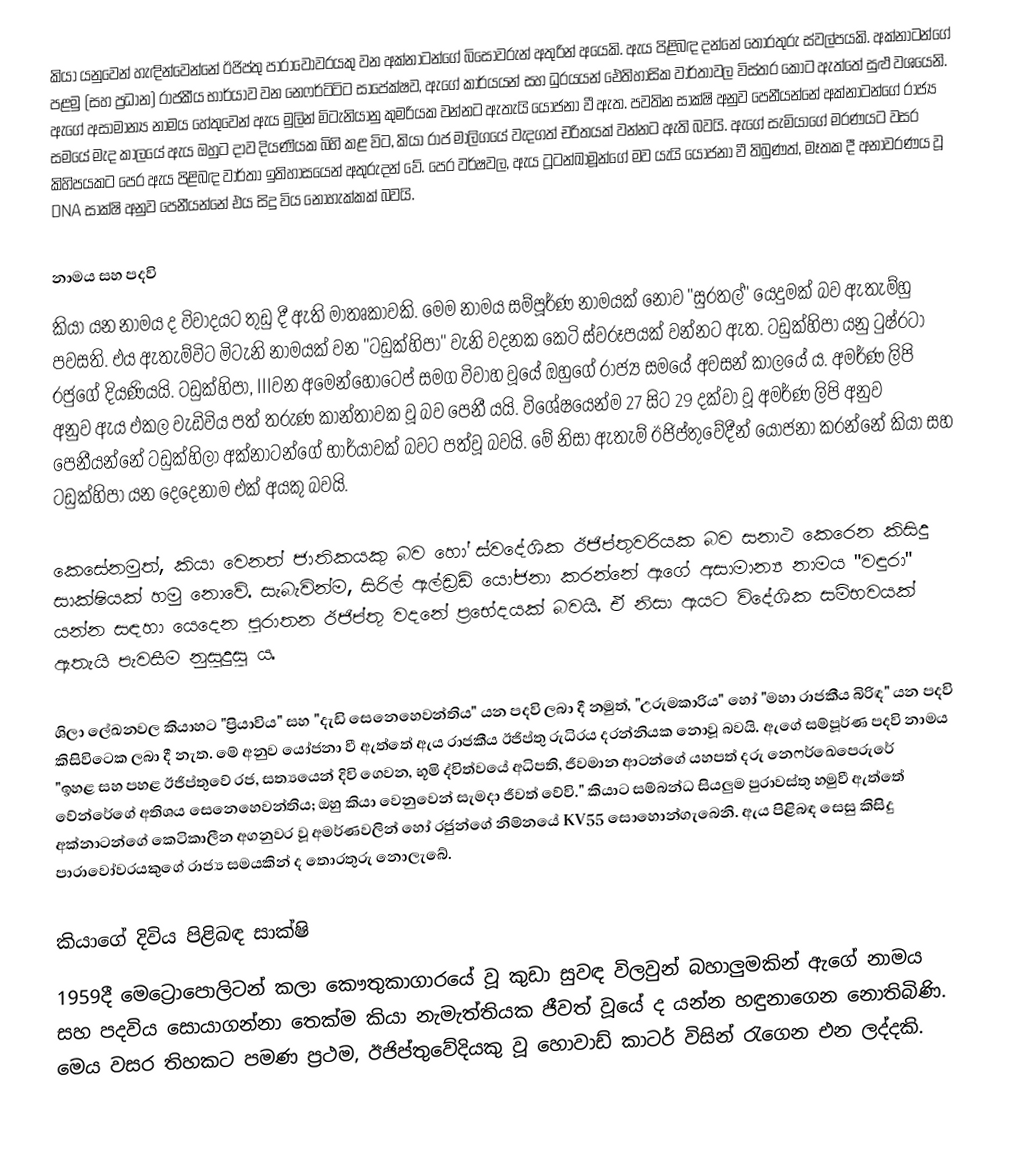
කියා යනුවෙන් හැඳින්වෙන්නේ ඊජිප්තු පාරාවෝවරයකු වන අක්නාටන්ගේ බිසෝවරුන් අතුරින් අයෙකි. ඇය පිළිබඳ දන්නේ තොරතුරු ස්වල්පයකි. අක්නාටන්ගේ පළමු (සහ ප්‍රධාන) රාජකීය භාර්යාව වන නෙෆර්ටිටිට සාපේක්ෂව, ඇගේ කාර්යයන් සහ ධුරයයන් ඓතිහාසික වාර්තාවල විස්තර කොට ඇත්තේ සුළු වශයෙනි. ඇගේ අසාමාන්‍ය නාමය හේතුවෙන් ඇය මුලින් මිටැනියානු කුමරියක වන්නට ඇතැයි යෝජනා වී ඇත. පවතින සාක්ෂි අනුව පෙනීයන්නේ අක්නාටන්ගේ රාජ්‍ය සමයේ මැද කාලයේ ඇය ඔහුට දාව දියණියක බිහි කළ විට, කියා රාජ මාලිගයේ වැදගත් චරිතයක් වන්නට ඇති බවයි. ඇගේ සැමියාගේ මරණයට වසර කිහිපයකට පෙර ඇය පිළිබඳ වාර්තා ඉතිහාසයෙන් අතුරුදන් වේ. පෙර වර්ෂවල, ඇය ටූටන්ඛාමූන්ගේ මව යැයි යෝජනා වී තිබුණත්, මෑතක දී අනාවරණය වූ DNA සාක්ෂි අනුව පෙනීයන්නේ එය සිදු විය නොහැක්කක් බවයි.

නාමය සහ පදවි
කියා යන නාමය ද විවාදයට තුඩු දී ඇති මාතෘකාවකි. මෙම නාමය සම්පූර්ණ නාමයක් නොව "සුරතල්" යෙදුමක් බව ඇතැම්හු පවසති. එය ඇතැම්විට මිටැනි නාමයක් වන "ටඩුක්හිපා" වැනි වදනක කෙටි ස්වරූපයක් වන්නට ඇත. ටඩුක්හිපා යනු ටුෂ්රටා රජුගේ දියණියයි. ටඩුක්හිපා, IIIවන අමෙන්හොටෙප් සමග විවාහ වූයේ ඔහුගේ රාජ්‍ය සමයේ අවසන් කාලයේ ය. අමර්ණ ලිපි අනුව ඇය එකල වැඩිවිය පත් තරුණ කාන්තාවක වූ බව පෙනී යයි. විශේෂයෙන්ම 27 සිට 29 දක්වා වූ අමර්ණ ලිපි අනුව පෙනීයන්නේ ටඩුක්හිලා අක්නාටන්ගේ භාර්යාවක් බවට පත්වූ බවයි. මේ නිසා ඇතැම් ඊජිප්තුවේදීන් යෝජනා කරන්නේ කියා සහ ටඩුක්හිපා යන දෙදෙනාම එක් අයකු බවයි.

කෙසේනමුත්, කියා වෙනත් ජාතිකයකු බව හෝ ස්වදේශික ඊජිප්තුවරියක බව සනාථ කෙරෙන කිසිදු සාක්ෂියක් හමු නොවේ. සැබැවින්ම, සිරිල් ඇල්ඩ්‍රඩ් යෝජනා කරන්නේ ඇගේ අසාමාන්‍ය නාමය  "වඳුරා" යන්න සඳහා යෙදෙන පුරාතන ඊජිප්තු වදනේ ප්‍රභේදයක් බවයි. ඒ නිසා ඇයට විදේශික සම්භවයක් ඇතැයි පැවසීම නුසුදුසු ය.

ශිලා ලේඛනවල කියාහට "ප්‍රියාවිය" සහ "දැඩි සෙනෙහෙවන්තිය" යන පදවි ලබා දී නමුත්, "උරුමකාරිය" හෝ "මහා රාජකීය බිරිඳ" යන පදවි කිසිවිටෙක ලබා දී නැත. මේ අනුව යෝජනා වී ඇත්තේ ඇය රාජකීය ඊජිප්තු රුධිරය දරන්නියක නොවූ බවයි. ඇගේ සම්පූර්ණ පදවි නාමය "ඉහළ සහ පහළ ඊජිප්තුවේ රජ, සත්‍යයෙන් දිවි ගෙවන, භූමි ද්විත්වයේ අධිපති, ජීවමාන ආටන්ගේ යහපත් දරු නෙෆර්ඛෙපෙරුරේ වේන්රේගේ අතිශය සෙනෙහෙවන්තිය; ඔහු කියා වෙනුවෙන් සැමදා ජීවත් වේවි." කියාට සම්බන්ධ සියලුම පුරාවස්තු හමුවී ඇත්තේ අක්නාටන්ගේ කෙටිකාලීන අගනුවර වූ අමර්ණවලින් හෝ රජුන්ගේ නිම්නයේ KV55 සොහොන්ගැබෙනි. ඇය පිළිබඳ සෙසු කිසිදු පාරාවෝවරයකුගේ රාජ්‍ය සමයකින් ද තොරතුරු නොලැබේ.

කියාගේ දිවිය පිළිබඳ සාක්ෂි
1959දී මෙට්‍රොපොලිටන් කලා කෞතුකාගාරයේ වූ කුඩා සුවඳ විලවුන් බහාලුමකින් ඇගේ නාමය සහ පදවිය සොයාගන්නා තෙක්ම කියා නැමැත්තියක ජීවත් වූයේ ද යන්න හඳුනාගෙන නොතිබිණි. මෙය වසර තිහකට පමණ ප්‍රථම, ඊජිප්තුවේදියකු වූ හොවාඩ් කාටර් විසින් රැගෙන එන ලද්දකි.